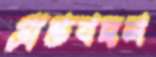
প্রান্তবদল